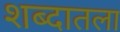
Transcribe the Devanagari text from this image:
शब्दातला